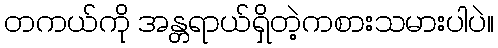
တကယ်ကို အန္တရာယ်ရှိတဲ့ကစားသမားပါပဲ။